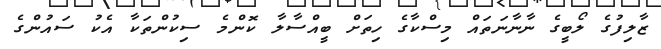
ޒާލިފުގެ ލޯބީގެ ނާނާނަތައް މިސްކާގެ ހިތަށް ބީއްސާލާ ކޮންމެ ސިކުންތަކާ އެކު ސައުންގެ